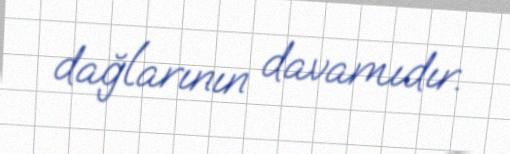
dağlarının davamıdır.